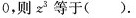
0，则z^{3}等于( ).